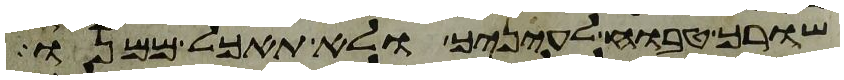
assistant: שורך טבוח לעיניך ולא תאכל ממנו